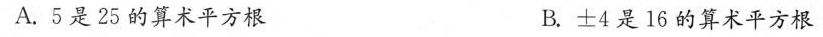
A.5是25的算术平方根 B.±4是16的算术平方根